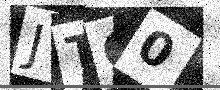
Text: JTG0